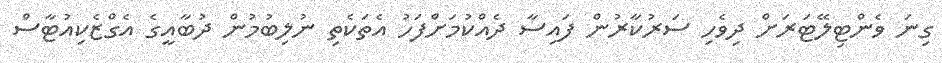
ގިނަ ވެންޓިލޭޓަރަށް ދިވެހި ސަރުކާރުން ފައިސާ ދެއްކުމަށްފަހު އެތަކެތި ނުލިބުމުން ދުބާއީގެ އެގްޒެކިއުޓާސް